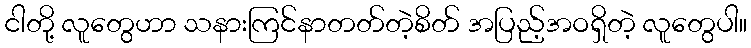
ငါတို့ လူတွေဟာ သနားကြင်နာတတ်တဲ့စိတ် အပြည့်အဝရှိတဲ့ လူတွေပါ။